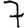
Digit: 7